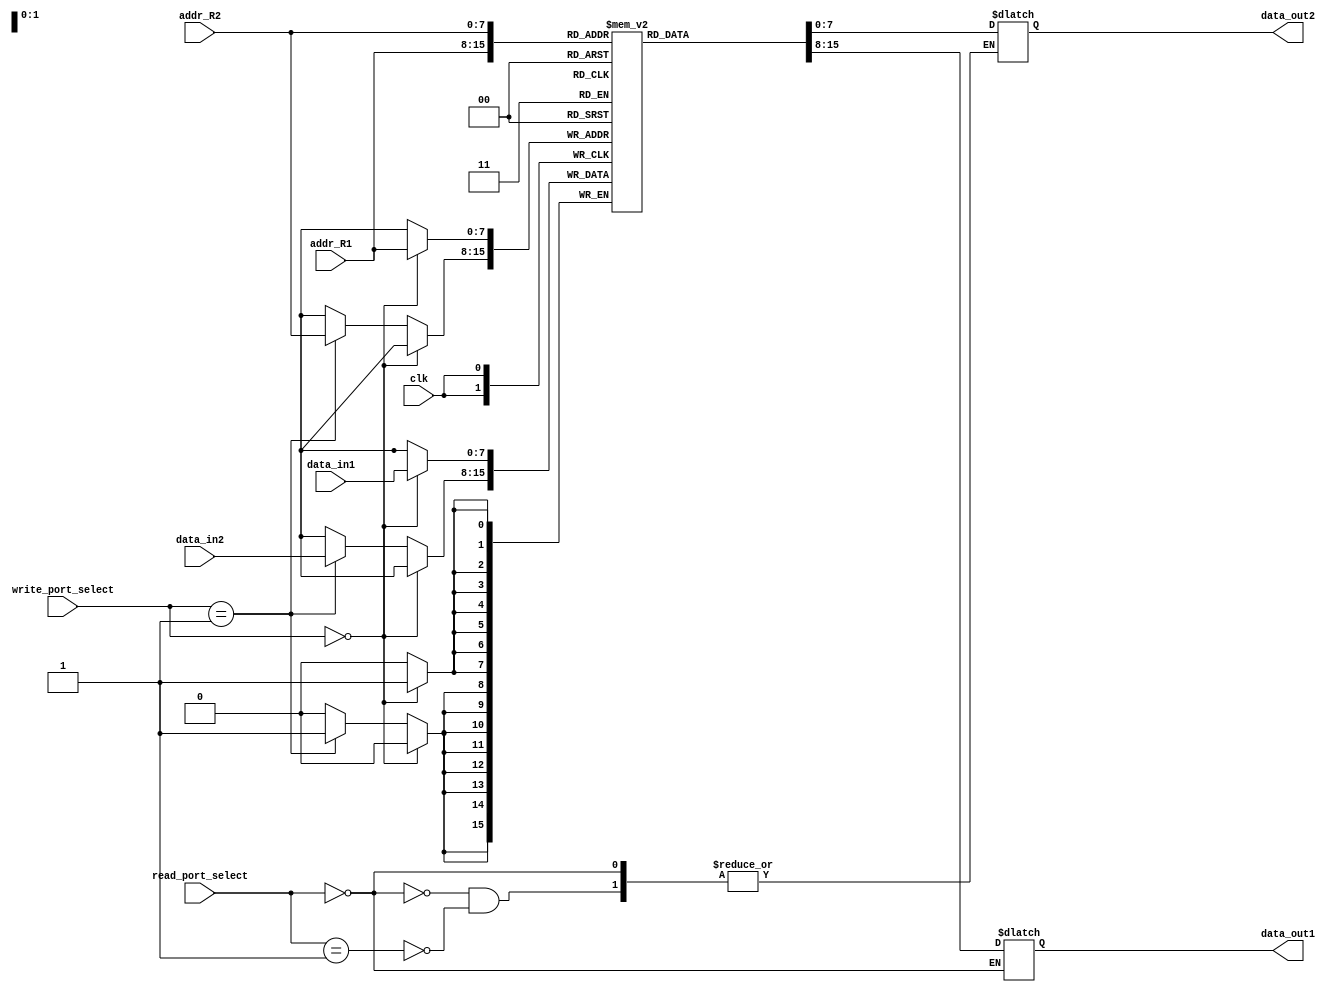
module register_file (
  input wire [7:0] addr_R1,
  input wire [7:0] addr_R2,
  input wire [7:0] data_in1,
  input wire [7:0] data_in2,
  input wire [1:0] read_port_select,
  input wire [1:0] write_port_select,
  input wire clk,
  output reg [7:0] data_out1,
  output reg [7:0] data_out2
);

reg [7:0] registers [255:0];

always @(posedge clk) begin
  if (write_port_select == 0) begin
    registers[addr_R1] <= data_in1;
  end else if (write_port_select == 1) begin
    registers[addr_R2] <= data_in2;
  end
end

always @(*) begin
  if (read_port_select == 0) begin
    data_out1 <= registers[addr_R1];
  end else if (read_port_select == 1) begin
    data_out2 <= registers[addr_R2];
  end
end

endmodule